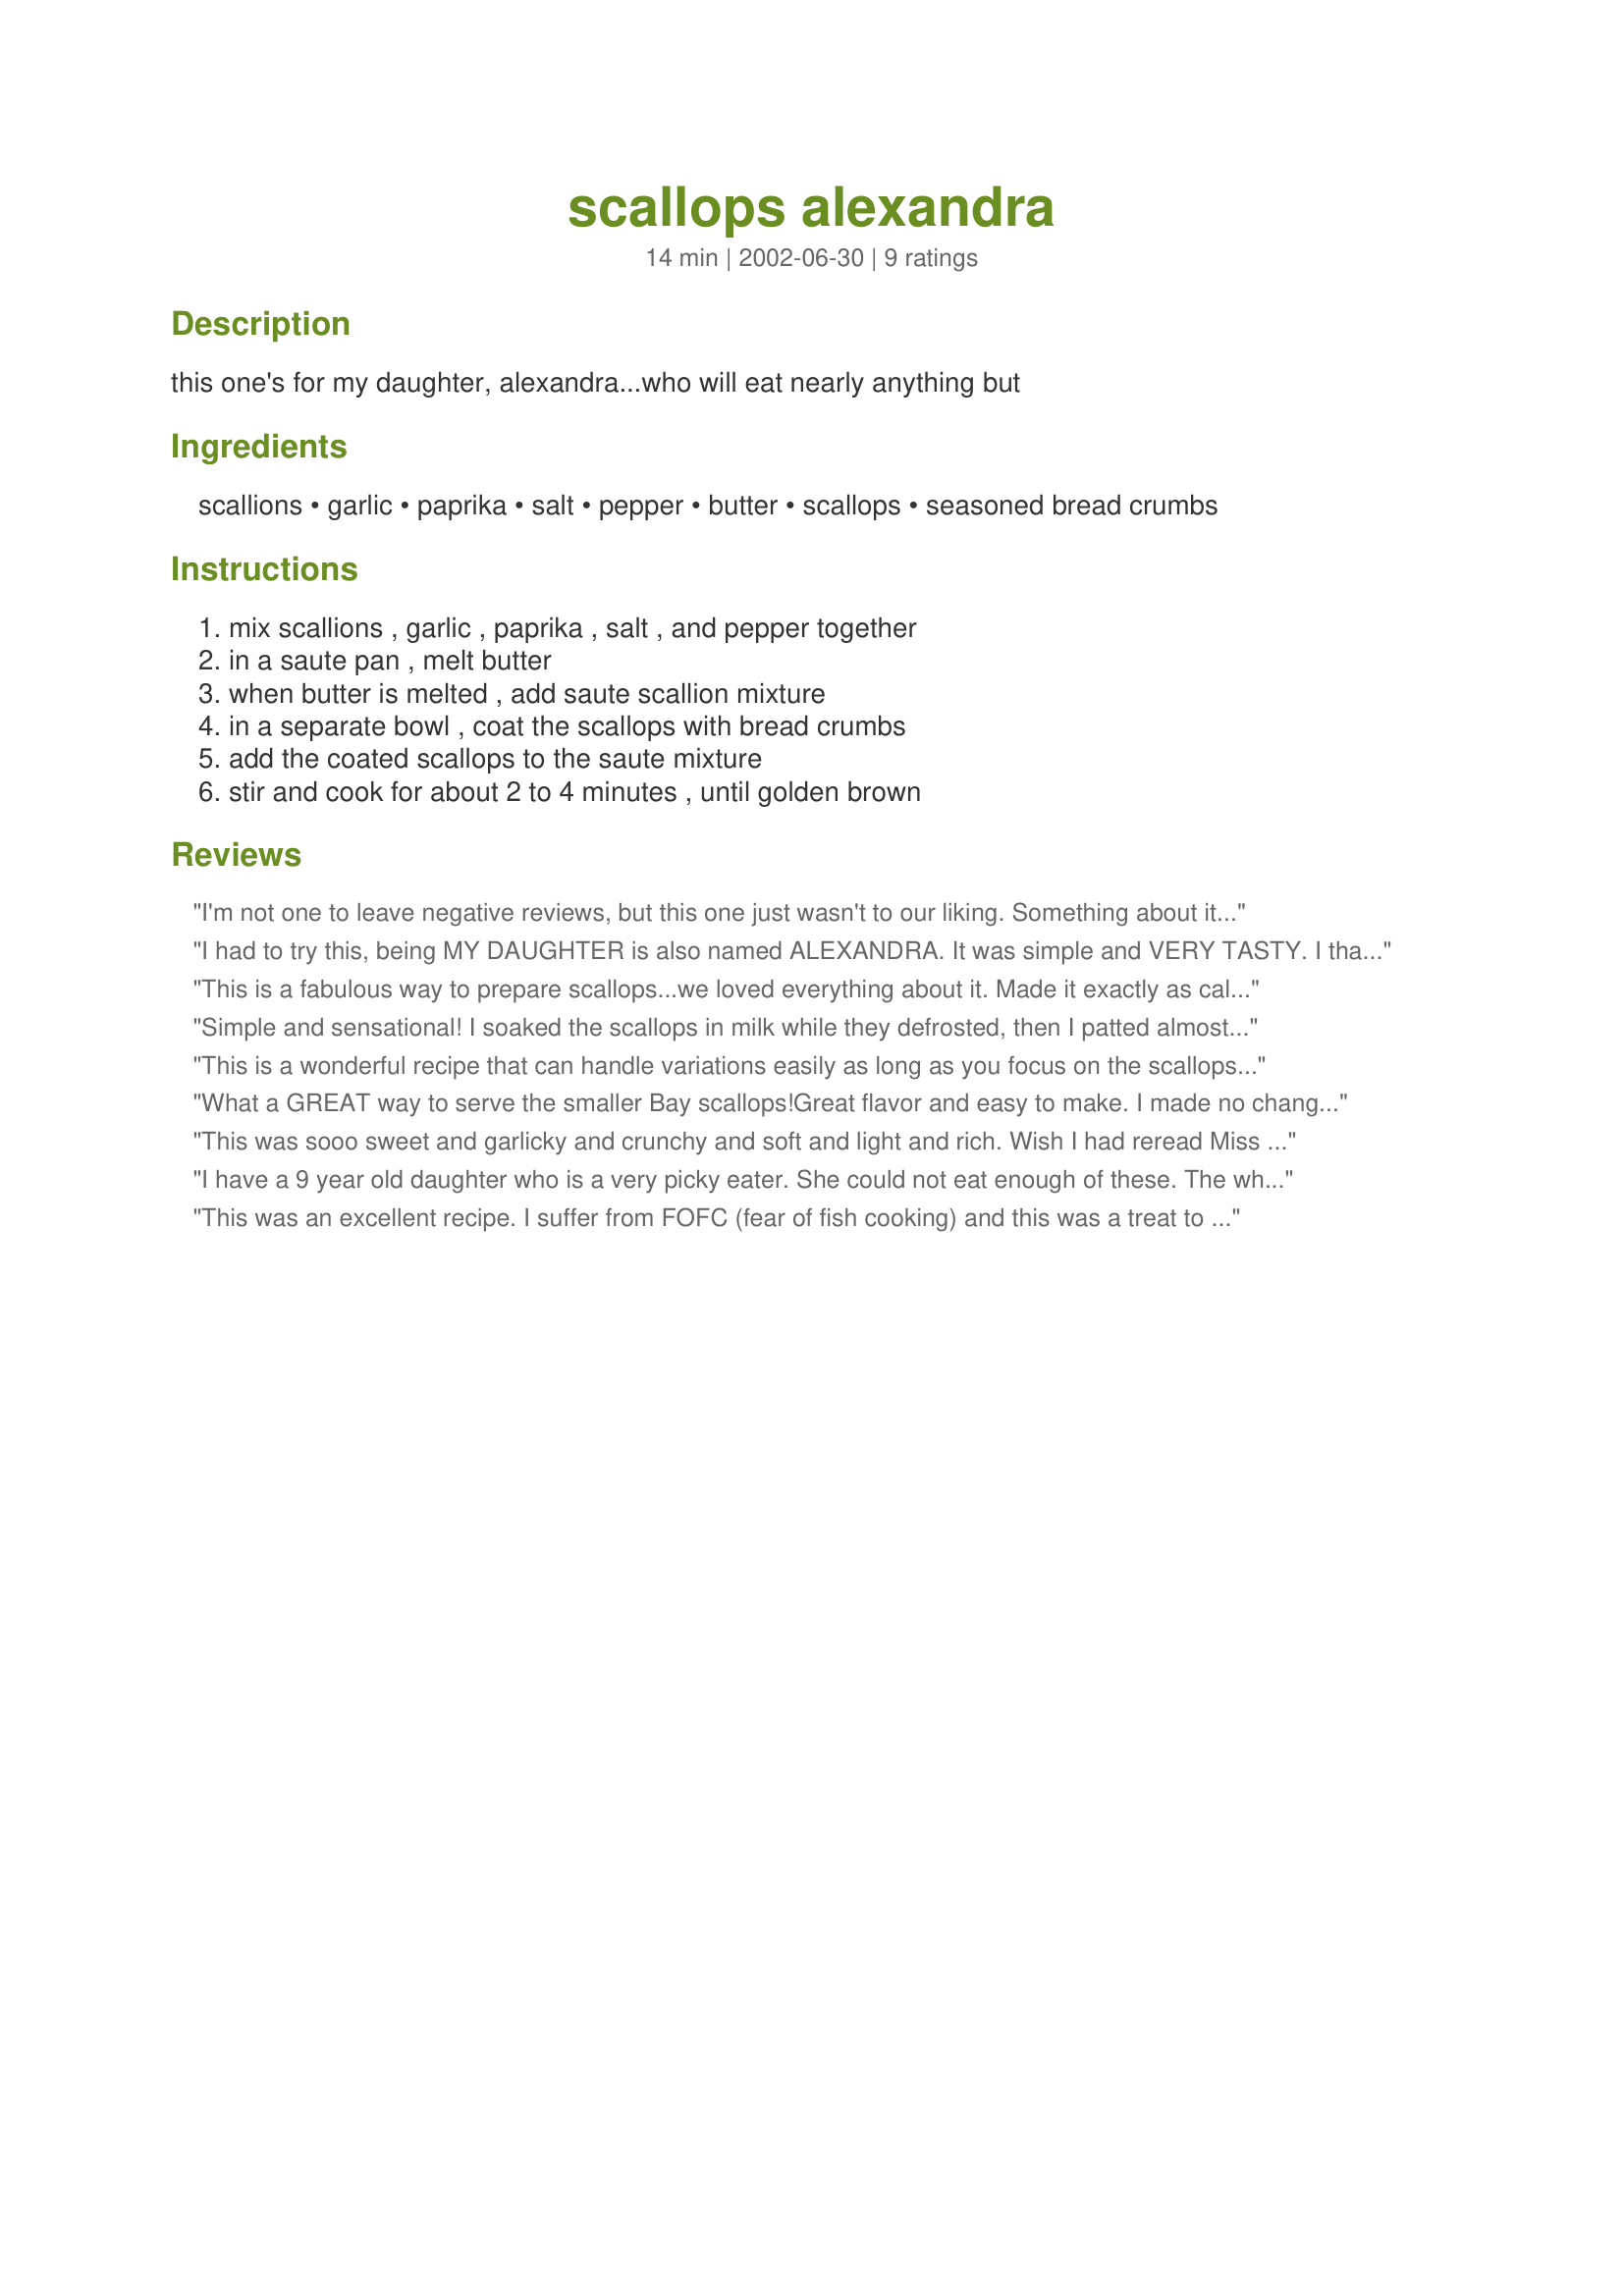
scallops alexandra
Preparation time: 14 minutes

this one's for my daughter, alexandra...who will eat nearly anything but

Ingredients:
scallions, garlic, paprika, salt, pepper, butter, scallops, seasoned bread crumbs

Steps:
mix scallions , garlic , paprika , salt , and pepper together, in a saute pan , melt butter, when butter is melted , add saute scallion mixture, in a separate bowl , coat the scallops with bread crumbs, add the coated scallops to the saute mixture, stir and cook for about 2 to 4 minutes , until golden brown

Reviews:
I'm not one to leave negative reviews, but this one just wasn't to our liking. Something about it just wasn't right. I didn't change the recipe at all. The breadcrumbs didn't stick to the scallops when it was all said and done and the texture turned into something mushy, which I think was part of our troubles. . .
I had to try this, being MY DAUGHTER is also named ALEXANDRA. It was simple and VERY TASTY. I thawed bay scallops in Milk, and added fresh oregano & basil, and dried rosemary to Panko. I also chopped a part of a hot pepper from our garden to add w/ the cayenne and sautee. We put the scallops on top of lightly buttered angel hair pasta. DELICIOUS!! My wife even enjoyed it!! LOL!! Thanx so much!
This is a fabulous way to prepare scallops...we loved everything about it. Made it exactly as called for, and will definitely make it again.
Thanks for posting!
Simple and sensational! I soaked the scallops in milk while they defrosted, then I patted almost dry. I had some Panko, so I added some seasoning to that before breading. Sauted in butter. Served these on top of a spinach salad. We were in heaven. Lovely flavors, and a lovely presentation. Thanks for sharing one of my NEW Tried & True recipes. Definately try these!!
This is a wonderful recipe that can handle variations easily as long as you focus on the scallops while they're cooking.

I soaked fresh bay scallops in milk while I prepared the other ingredients.

I didn't have scallions so I finely chopped a small onion.

I melted the butter over medium-low heat then sauteed the onions & garlic & spices briefly before adding the scallops.

When I added the scallops I turned up the heat to medium and cooked the scallops until they started become translucent.

Yummy!
What a GREAT way to serve the smaller Bay scallops!Great flavor and easy to make. I made no changes to the original recipe and thought that it was perfect.This is very similar to shrimp dejonghe with the bread crumbs and garlic. A definate keeper.
This was sooo sweet and garlicky and crunchy and soft and light and rich. Wish I had reread Miss Annie's review and soaked the scallops as she did. It would have allowed me to get a bit more panko attached to the scallops, I think. I'll give it a try next time and there will definitely be a next time.
I have a 9 year old daughter who is a very picky eater. She could not eat enough of these. The whole family enjoyed this but my daughter is now addicted! Give this a try I don't think you will be disappointed.
Thank You for a great recipe!
This was an excellent recipe. I suffer from FOFC (fear of fish cooking) and this was a treat to have something turn out so good. I added some Blackened Redfish Magic and served this over angel hair pasta. Thanks again for a great recipe.
